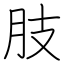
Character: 肢